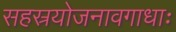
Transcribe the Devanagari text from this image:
सहस्रयोजनावगाधाः